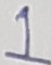
Text: 1